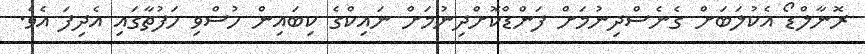
ރޮނާލްޑޯ އެކުލަބަށް ގެނެސްދިނުމަށް ފަންޑްކޮށްދިނުމަށް ނައިކްގެ ކިބައިން ހުސްވި ހަފުތާގައި އެދިފަ އެވެ.